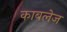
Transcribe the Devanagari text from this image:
काबलेज